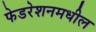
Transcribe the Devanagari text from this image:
फेडरेशनमधील